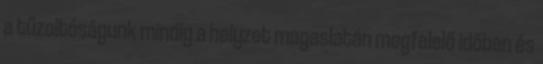
a tűzoltóságunk mindig a helyzet magaslatán megfelelő időben és